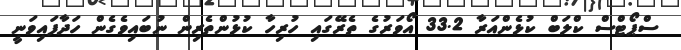
ސްޕޯޓްސް ކްލަބް ކުޅެންއަރާ 33.2 އޯވަރުގެ ތެރޭގައި ހުރިހާ ކުޅުންތެރިން ނުބައިވެގެން ހަދާފައިވަނީ